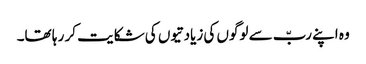
وہ اپنے ربّ سے لوگوں کی زیادتیوں کی شکایت کر ر ہا تھا۔